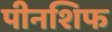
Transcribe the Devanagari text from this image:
पीनशिफ